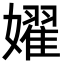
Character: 嬥